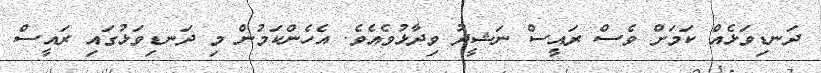
ދަނޑިވަޅެއް ކަމަށް ވެސް ރައީސް ނަޝީދު ވިދާޅުވެއެވެ. އެހެންކަމުން މި ދަނޑިވަޅުގައި ރައީސް